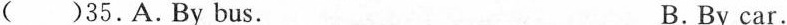
( )35.A.By bus. B.By car.